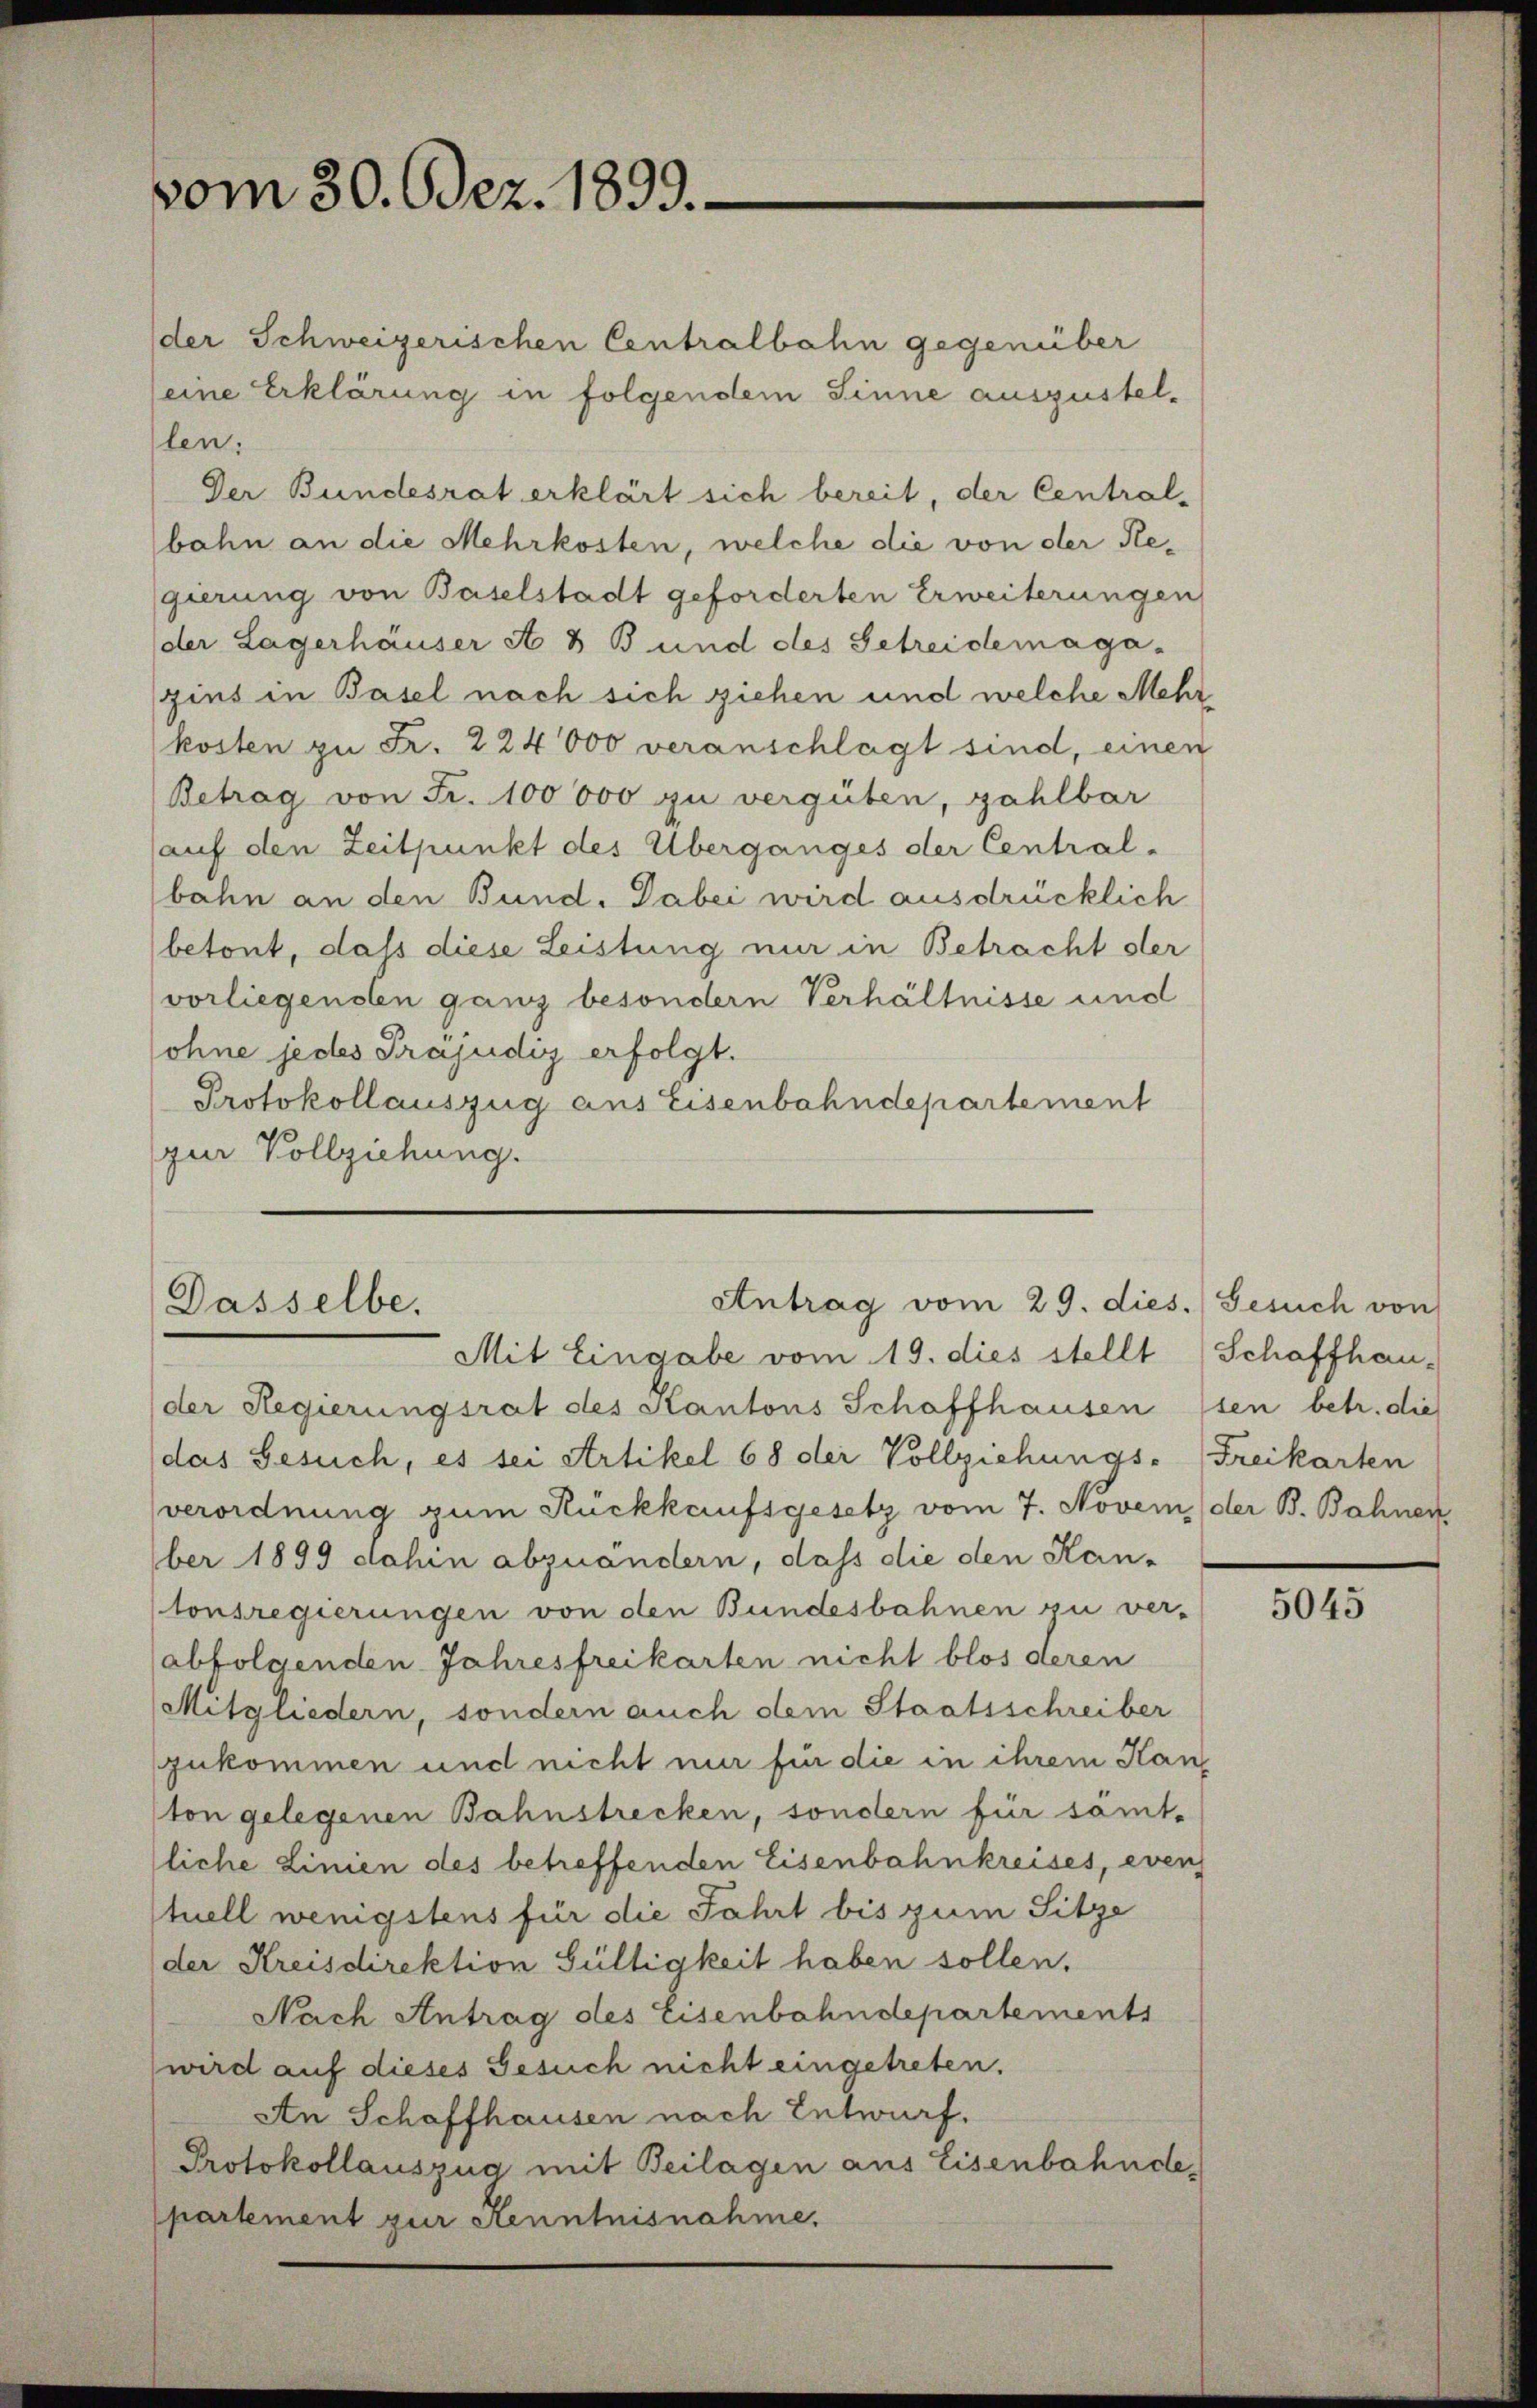
vom 30. Odez. 1899.

der Schweizerischen Centralbahn gegenüber
eine Erklärung in folgendem Sinne auszustellen.
Der Bundesrat erklärt sich bereit, der Central-
bahn an die Mehrkosten, welche die von der Hegierung von Baselstadt geforderten Erweiterungen
der Lagerhäuser A & B und des Getreidemaga.
zins in Basel nach sich ziehen und welche Mehrkosten zu Fr. 224000 veranschlägt sind, einen
Betrag von Fr. 100000 zu vergüten, zahlbar
auf den Zeitpunkt des Überganges der Central-
bahn an den Bund. Dabei wird ausdrücklich
betont, dass diese Leistung nur in Betracht der
vorliegenden ganz besondern Verhältnisse und
ohne jedes Präjudig erfolgt.
Protokollauszug aus Eisenbahndepartement
zur Vollziehung.

Antrag vom 29. dies. (Gesuch von
Dasselbe.
Mit Eingabe vom 19. dies stellt Schaffhau-

(der Regierungsrat des Kantons Schaffhausen (sen betr. die
das Gesuch, es sei Artikel 68 der Vollziehungs-Freikarten
verordnung zum Rückkaufsgesetz vom 7. Novem (der B. Bahnen
ber 1899 dahin abzuändern, dass die den Kantonsregierungen von den Bundesbahnen zu ver-
abfolgenden Jahresfreikarten nicht blos deren
Mitgliedern, sondern auch dem Staatsschreiber
zukommen und nicht nur für die in ihrem Han
ton gelegenen Bahnstrecken, sondern für sämt-
liche Linien des betreffenden Eisenbahnkreises, even
tuell wenigstens für die Fahrt bis zum Sitze
der Kreisdirektion Gültigkeit haben sollen.
Nach Antrag des Eisenbahndepartements
wird auf dieses Gesuch nicht eingetreten.
An Schaffhausen nach Entwurf.
Protokollauszug mit Beilagen aus Eisenbahnde-
partement zur Kenntnisnahme,

5045